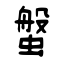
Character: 螌